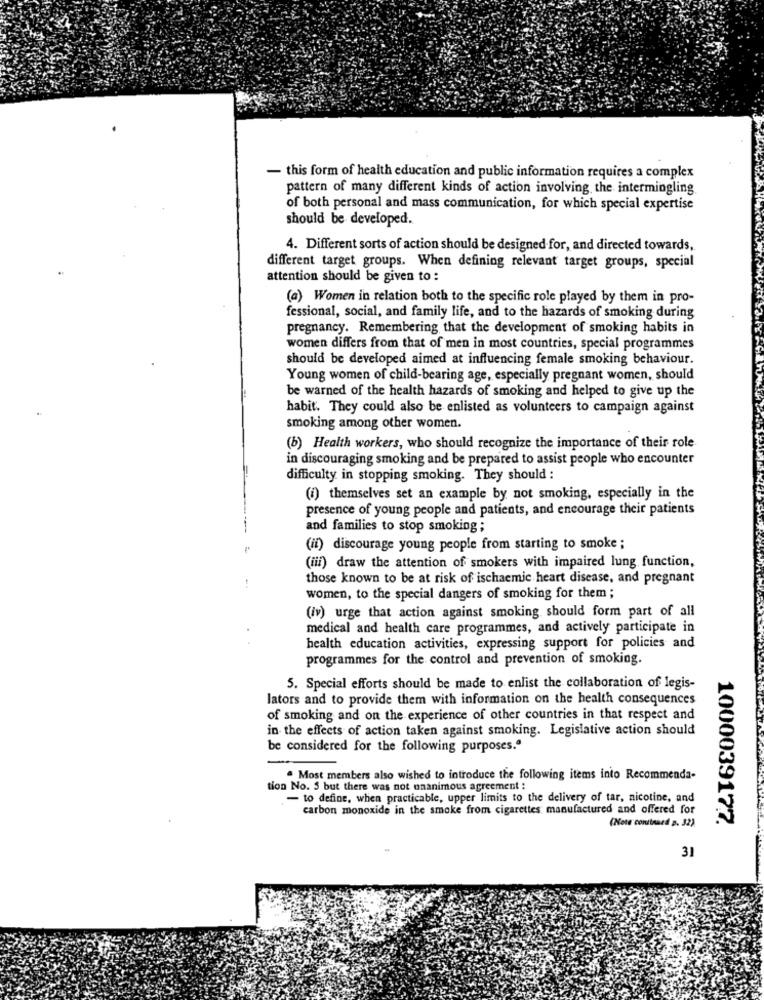
- this form of health education and public information requires a complex
pattern of many different kinds of action involving the intermingling
of both personal and mass communication, for which special expertise
should be developed.
4. Different sorts of action should be designed for, and directed towards,
different target groups. When defining relevant target groups, special
attention should be given to :
(a) Women in relation both to the specific role played by them in pro-
fessional, social, and family life, and to the hazards of smoking during
pregnancy. Remembering that the development of smoking habits in
women differs from that of men in most countries, special programmes
should be developed aimed at influencing female smoking behaviour.
Young women of child-bearing age, especially pregnant women, should
be warned of the health hazards of smoking and helped to give up the
habit. They could also be enlisted as volunteers to campaign against
smoking among other women.
(b) Health workers, who should recognize the importance of their role
in discouraging smoking and be prepared to assist people who encounter
difficulty in stopping smoking. They should :
(i) themselves set an example by not smoking, especially in the
presence of young people and patients, and encourage their patients
and families to stop smoking ;
(ii) discourage young people from starting to smoke ;
(iii) draw the attention of smokers with impaired lung function,
those known to be at risk of ischaemic heart disease, and pregnant
women, to the special dangers of smoking for them ;
(iv) urge that action against smoking should form part of all
medical and health care programmes, and actively participate in
health education activities, expressing support for policies and
programmes for the control and prevention of smoking.
5. Special efforts should be made to enlist the collaboration of legis-
lators and to provide them with information on the health consequences
of smoking and on the experience of other countries in that respect and
in the effects of action taken against smoking. Legislative action should
be considered for the following purposes.ª
. Most members also wished to introduce the following items into Recommenda-
tion No. 5 but there was not unanimous agreement :
- to define, when practicable, upper limits to the delivery of tar, nicotine, and
carbon monoxide in the smoke from cigarettes manufactured and offered for
1000039177.
(Note conitnard p. 32)
31